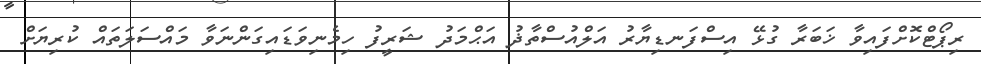
ރިޕޯޓްކޮށްފައިވާ ޚަބަރާ ގުޅޭ އިސްފަނޑިޔާރު އަލްއުސްތާޛު އަޙްމަދު ޝަރީފު ހިމެނިވަޑައިގަންނަވާ މައްސަލަތައް ކުރިޔަށް